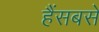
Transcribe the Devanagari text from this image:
हैंसबसे